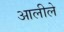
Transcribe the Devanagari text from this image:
आलीले